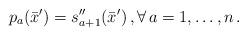
LaTeX: \begin{align*} p_a(\bar x')= s''_{a+1}(\bar x')\,,\forall \,a=1,\ldots,n\,.\end{align*}